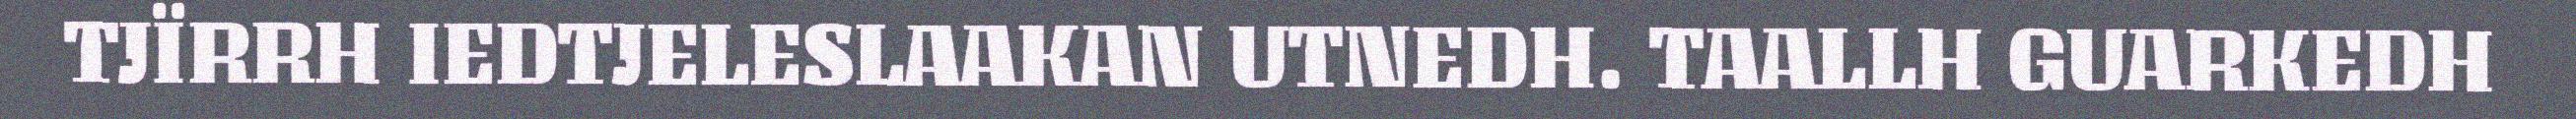
TJÏRRH IEDTJELESLAAKAN UTNEDH. TAALLH GUARKEDH